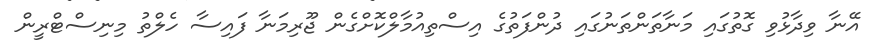
އޭނާ ވިދާޅުވި ގޮތުގައި މަނާތަންތަނުގައި ދުންފަތުގެ އިސްތިއުމާލްކޮށްގެން ޖޫރިމަނާ ފައިސާ ހެލްތު މިނިސްޓްރީން